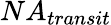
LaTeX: NA_{transit}